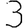
Digit: 3